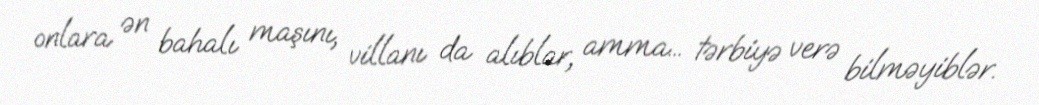
onlara ən bahalı maşını, villanı da alıblar, amma... tərbiyə verə bilməyiblər.